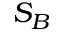
S _ { B }